Vital statistics of India. Vol. IV, Annual returns from 1871 to 1876. British Army of India, Native Army and jails of Bengal
Year: 1871
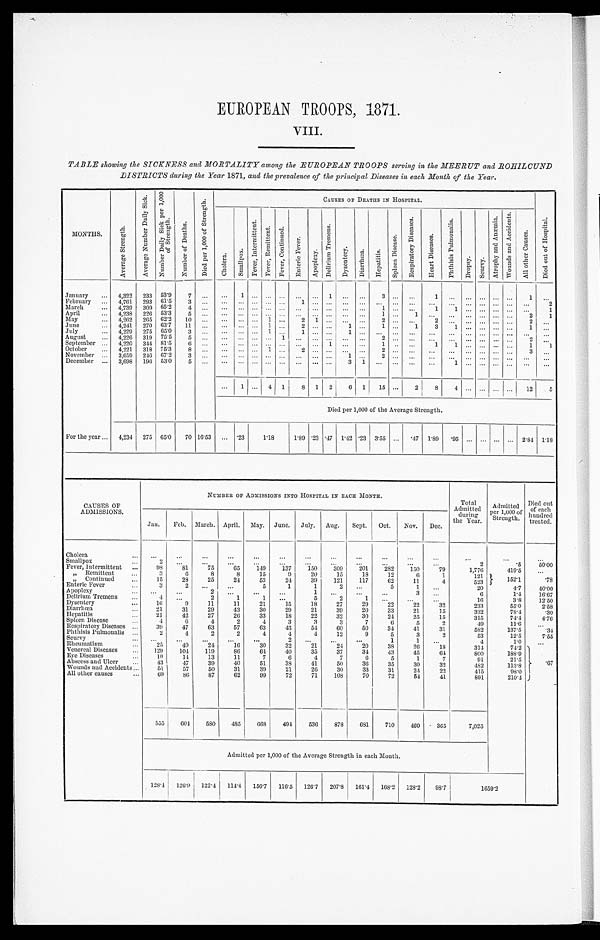
EUROPEAN TROOPS, 1871.
VIII.
TABLE showing the SICKNESS and MORTALITY among the EUROPEAN TROOPS serving in the MEERUT and ROHILCUND
DISTRICTS during the Year 1871, and the prevalence of the principal Diseases in each Month of the Year.
MONTHS.
A v e r a g e S t r e n g t h .
A v e r a g e N u m b e r D a i l y S i c k . N u m b e r D a i l y S i c k p e r 1 , 0 0 0 o f S t r e n g t h .
N u m b e r o f D e a t h s .
D i e d p e r 1 , 0 0 0 o f S t r e n g t h .
CAUSES OF DEATHS IN HOSPITAL.
C h o l e r a .
S m a l l p o x .
F e v e r I n t e r m i t t e n t . F e v e r , R e m i t t e n t . F e v e r , C o n t i n u e d .
E n t e r i c F e v e r .
A p o p l e x y .
D e l i r i u m T r e m e n s .
D y s e n t e r y .
D i a r r h œ a . H e p a t i t i s .
S p l e e n D i s e a s e s .
R e s p i r a t o r y D i s e a s e s .
H e a r t D i s e a s e s .
P h t h i s i s P u l m o n a l i s .
D r o p s y . S c u r v y
A t r o p h y a n d A n æ m i a .
W o u n d s a n d A c c u d e b t s .
A l l o t h e r c a u s e s .
D i e d o u t o f H o s p i t a l .
January
... 4,322 233 53.9
7
. . .
. . .
1
. . . ...
. . . ...
. . .
1
...
. . .
3
. . .
. . .
1 ...
... ...
. . .
...
1 ...
February ... 4,761 293 61.5
3
. . .
. . .
. . . . . . ...
. . .
1
. . . ...
...
. . .
. . . . . .
. . .
. . .
. . .
. . . . . .
. . . . . .
. . .
2
March
... 4,739 309 65.2
4
. . .
. . .
. . . . . . ...
. . .
. . . . . . ...
...
...
1
. . .
. . .
1
1
. . . . . .
. . . . . .
. . .
1
April
... 4,238 226 53.3
5
. . .
. . .
. . . . . . ...
. . .
. . . . . . ...
...
. . .
1 ...
1 ...
...
... ... ... ...
2
1
May
... 4,262 265 62.2
10 ...
. . .
... ... 1 ...
2 1 ...
...
. . .
2
. . .
. . . 2 ... ... ... ... ...
2 ...
June
... 4,241 270 63.7
11 ...
. . .
. . . ... 1
. . .
2
. . . ...
1 ...
1
. . .
1
3
1
. . . . . .
. . . . . .
1 ...
July
... 4,229 275 65.0
3
. . .
. . .
. . . . . . 1
. . .
1 . . . ... 1
. . .
. . . . . .
. . .
. . .
. . . . . . . . .
. . . . . .
. . . ...
August
... 4,226 319 75.5
5
. . .
. . . ... ... ... 1 ... ... ... ...
. . .
2
. . .
. . .
. . .
. . .
... ...
. . .
2 ...
September ... 4,220 344 81.5
6
. . .
. . .
. . . . . . ...
. . . ...
. . . 1 ...
. . .
1
. . .
. . . 1
1
. . . . . .
. . . . . .
1
...
October
4,221 318 75.3
8
. . .
. . .
. . . . . . 1
. . .
2
. . . ...
...
. . .
2 ... ...
...
...
...
... ...
3 ...
November ... 3,659 246 67.2
3
. . .
. . .
. . . . . . ...
. . .
. . . . . . ...
1 ...
2
. . .
. . . ...
. . .
... ... ... ... ...
...
December ... 3,698 196 53.0
5
. . .
. . .
. . . . . . ...
. . .
. . . . . . ... 3
1
. . . . . .
. . .
...
1
. . .
. . . . . .
. . . ...
...
...
1 ... 4 1
8 1 2
6 1
15 ...
2
8
4
. . .
. . . . . .
. . . 12
5
Died per 1,000 of the Average Strength.
For the year ... 4,234 275 65.0
70 16.53 ... .23
1.18
1.89 .23 .47 1.42 .23 3.55 ... .47 1.89 .95 ...
. . . ...
. . . 2.84 1.18
CAUSES OF
ADMISSIONS.
NUMBER OF ADMISSIONS INTO HOSPITAL IN EACH MONTH.
Total
Admitted
during
the Year.
Admitted
per 1,000 of
Strength.
Died out
of each
hundred
treated.
Jan.
Feb. March. April. May. June. July. Aug.
Sept.
Oct.
Nov.
Dec.
Cholera
...
...
. . .
...
...
...
...
...
...
...
...
...
. . .
...
. . .
...
Smallpox
...
2
. . . ...
...
...
...
...
...
. . .
...
...
...
2
.5
50.00
Fever, Intermittent ...
98
81
75
65
149
137
150
309
201
282
150
79
1,776
419.5
...
„ Remittent
...
3
6
8
8
15
9
20
15
18
12
6
1
121
152.1
.78
Continued
15
28
25
24
53
24
39
121
117
62
11
4
523
Enteric Fever
3
2
. . . ...
5
1
1
2
. . .
5
1
...
20
4.7
40.00
Apoplexy
...
...
...
2
. . .
...
. . .
1
...
. . .
. . .
3
. . .
6
1.4
16.67
Delirium Tremens
4
. . .
2
1
1
...
5
2
1
. . . ...
...
16
3.8
12.50
Dysentery
...
16
9
11
11
21
15
18
27
29
22
22
32
233
55.0
2.58
Diarrhœa
...
21
31
29
43
30
29
21
39
20
33
21
15
332
78.4
.30
Hepatitis
...
21
42
27
26
33
18
22
32
30
24
25
15
315
74.4
4.76
Spleen Disease
4
6
4
2
4
3
3
3
7
6
5
2
49
11.6
...
Respiratory Diseases ...
39
47
63
57
63
43
54
60
50
34
41
31
582
137.5
.34
Phthisis Pulmonalis ...
2
4
2
2
4
4
4
12
9
5
3
2
53
12.5
7.55
Scurvy
. . .
. . .
. . . . . .
...
2
. . . ...
...
1
1
...
4
1.0
. . .
Rheumatism
25
40
24
16
30
32
21
24
20
38
26
18
314
74.2
.67
Venereal Diseases
...
129
104
119
86
64
40
35
37
34
43
45
64
800
188.9
Eye Diseases
...
10
14
13
11
7
6
4
7
6
5
1
7
91
21.5
Abscess and Ulcer
...
43
47
39
40
51
38
41
50
36
35
30
32
482
113.8
Wounds and Accidents ...
51
57
50
31
39
21
20
30
33
31
24
22
415
98.0
All other causes
...
69
8 6
87
62
99
72
71
108
70
72
54
41
891
210.4
555
604
580
485
668
494
536
878
681
710
469 .365
7,025
Admitted per 1,000 of the Average Strength in each Month.
128.4
126.9 122.4
114.4 156.7
116.5 126.7
207.8
161.4 168.2 128.2
98.7
1 6 5 9 . 2